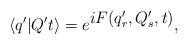
LaTeX: \begin{align*}\langle q' | Q't \rangle = e^{\textstyle{iF(q'_r,Q'_s,t)}},\end{align*}